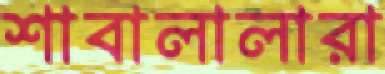
শাবালালারা